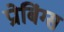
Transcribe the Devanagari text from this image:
प्रोबिंग्स